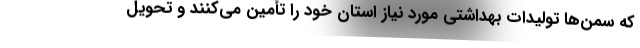
که سمن‌ها تولیدات بهداشتی مورد نیاز استان خود را تأمین می‌کنند و تحویل